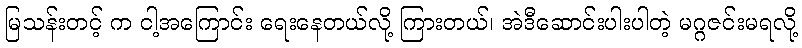
မြသန်းတင့် က ငါ့အကြောင်း ရေးနေတယ်လို့ ကြားတယ်၊ အဲဒီဆောင်းပါးပါတဲ့ မဂ္ဂဇင်းမရလို့